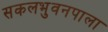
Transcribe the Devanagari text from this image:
सकलभुवनपाला